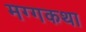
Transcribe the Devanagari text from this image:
मग्गकथा